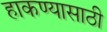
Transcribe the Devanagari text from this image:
हाकण्यासाठी